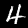
Digit: 4